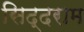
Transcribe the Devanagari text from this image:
सिद्दराम